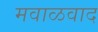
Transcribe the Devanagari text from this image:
मवाळवाद